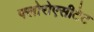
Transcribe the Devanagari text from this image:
फ्लोरोएसीटेट